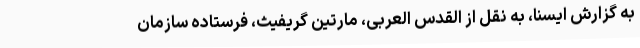
به گزارش ایسنا، به نقل از القدس العربی، مارتین گریفیث، فرستاده سازمان